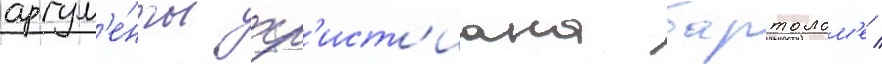
аргум'е́нты хр'ист'иана бартолом'е /